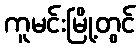
ကူမင်းမြို့တွင်